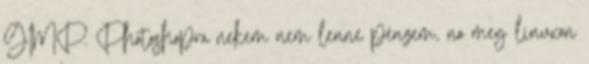
GIMP. Photoshopra nekem nem lenne pénzem, no meg linuxon